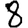
Digit: 8